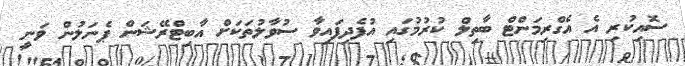
ސޮއިކުރި އެ އެގްރިމަންޓް ބާތިލް ކުރުމުގައި އުފެދިފައިވާ ސުވާލުތަކަށް އާބިޓްރޭޝަން ޕެނަލުން ވަނީ